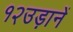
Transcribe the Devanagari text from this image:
१२उड़ानें